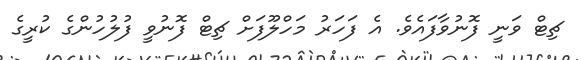
ޗިޓް ވަނީ ފޮނުވާފައެވެ. އެ ފަހަރު މަހްލޫފަށް ޗިޓް ފޮނުވީ ފުލުހުންގެ ކުރީގެ